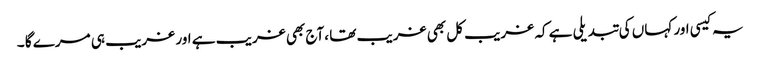
یہ کیسی اور کہاں کی تبدیلی ہے کہ غریب کل بھی غریب تھا ،آج بھی غریب ہے اور غریب ہی مرے گا ۔